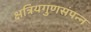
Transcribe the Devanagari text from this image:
क्षत्रियगुणसंपन्न